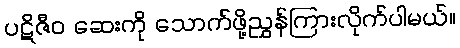
ပဋိဇီဝ ဆေးကို သောက်ဖို့ညွှန်ကြားလိုက်ပါမယ်။